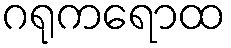
ဂရုကရောထ